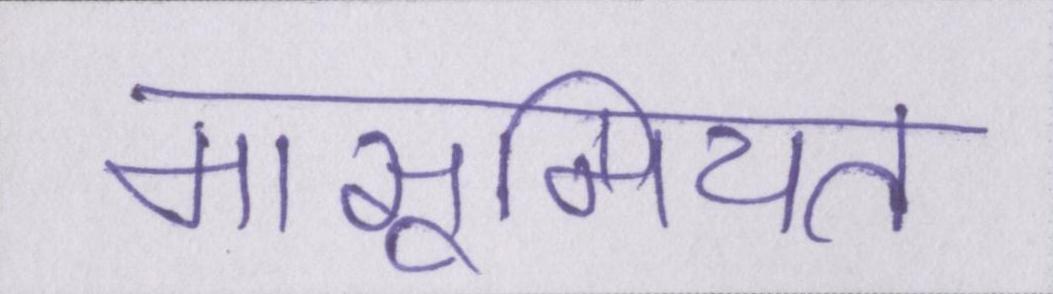
मासूमियत